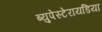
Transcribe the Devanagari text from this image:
ब्युपेस्टेरायडिया